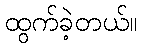
ထွက်ခဲ့တယ်။